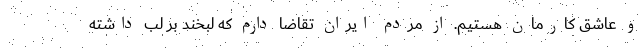
و عاشق کارمان هستیم. از مردم ایران تقاضا دارم که لبخند بر لب داشته